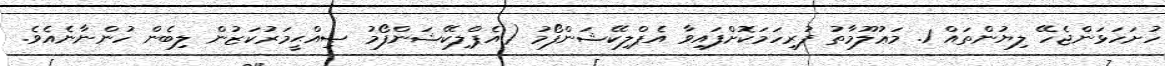
ހުށަހަޅަންޖެހޭ ލިޔުންތައް 1. މަޢުލޫމާތު ފުރިހަމަކޮށްފައިވާ އެޕްލިކޭޝަންފޯމު (އެޕްލިކޭޝަންފޯމު ޞިއްޙީމަރުކަޒުން ލިބެން ހުންނާނެއެވެ.